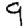
Digit: 9